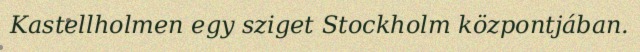
Kastellholmen egy sziget Stockholm központjában.